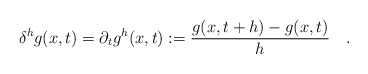
\begin{align*} \begin{aligned} \delta^h g(x,t)=\partial _t g^h(x,t):=\frac{g(x,t+h)-g(x,t)}{h} ~~~. \end{aligned} \end{align*}